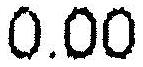
0.00